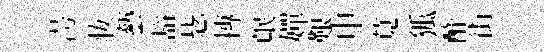
澇妆藝豁毖摶氓嬋艱申莧狐酢街